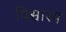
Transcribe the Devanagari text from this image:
विश्वास्य